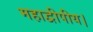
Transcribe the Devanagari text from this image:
महाद्वीपीय।